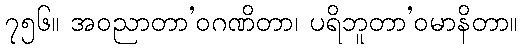
၇၅၆။ အဝညာတာ’ဝဂဏိတာ၊ ပရိဘူတာ’ဝမာနိတာ။